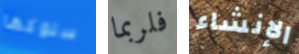
سلوكها فلربما الإنشاء